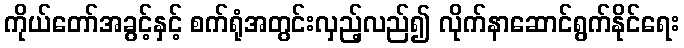
ကိုယ်တော်အခွင့်နှင့် စက်ရုံအတွင်းလှည့်လည်၍ လိုက်နာဆောင်ရွက်နိုင်ရေး